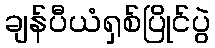
ချန်ပီယံရှစ်ပြိုင်ပွဲ